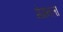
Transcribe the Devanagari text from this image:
मेमनला